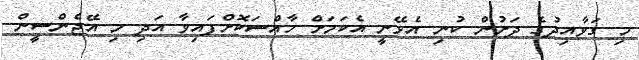
މި ގަވާއިދުގެ ދަށުން ކުނި އެޅޭނީ އެކަމަށް ހާއްސަކޮށްފައިވާ އަދި މި އޭޖެންސީން